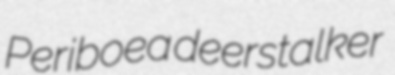
Periboea deerstalker